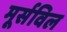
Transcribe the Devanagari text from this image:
मूर्सविल